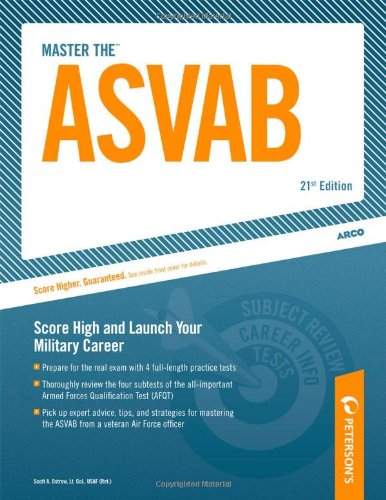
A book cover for Master The ASVAB: Score High and Launch Your Military Career (Peterson's Master the ASVAB); Scott A. Ostrow; Test Preparation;